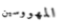
المهووسين